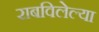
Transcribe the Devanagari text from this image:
राबविलेल्या